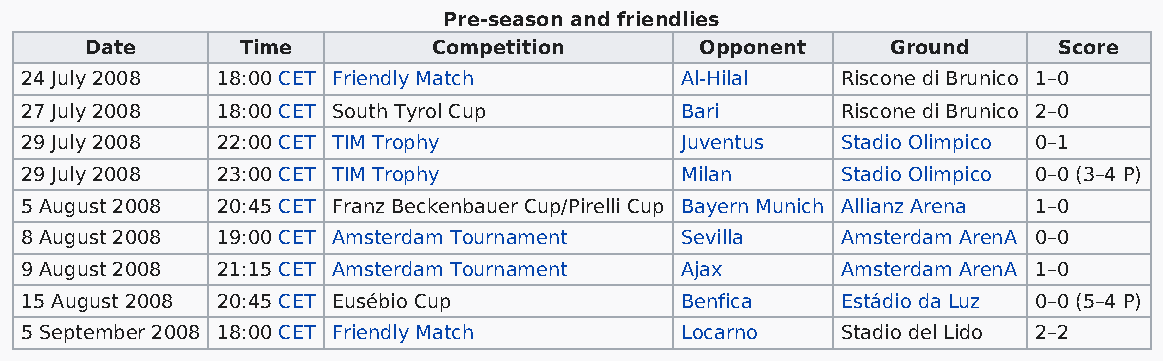
Pre-season and friendlies
 Date      Time         Competition      Opponent     Ground     Score
 24 July 2008 18:00 CET Friendly Match       Al-Hilal   Riscone di Brunico 1–0
 27 July 2008 18:00 CET South Tyrol Cup      Bari       Riscone di Brunico 2–0
 29 July 2008 22:00 CET TIM Trophy           Juventus   Stadio Olimpico 0–1
 29 July 2008 23:00 CET TIM Trophy           Milan      Stadio Olimpico 0–0 (3–4 P)
 5 August 2008 20:45 CET Franz Beckenbauer Cup/Pirelli Cup Bayern Munich Allianz Arena 1–0
 8 August 2008 19:00 CET Amsterdam Tournament Sevilla   Amsterdam ArenA 0–0
 9 August 2008 21:15 CET Amsterdam Tournament Ajax      Amsterdam ArenA 1–0
 15 August 2008 20:45 CET Eusébio Cup        Benfica    Estádio da Luz 0–0 (5–4 P)
 5 September 2008 18:00 CET Friendly Match   Locarno    Stadio del Lido 2–2